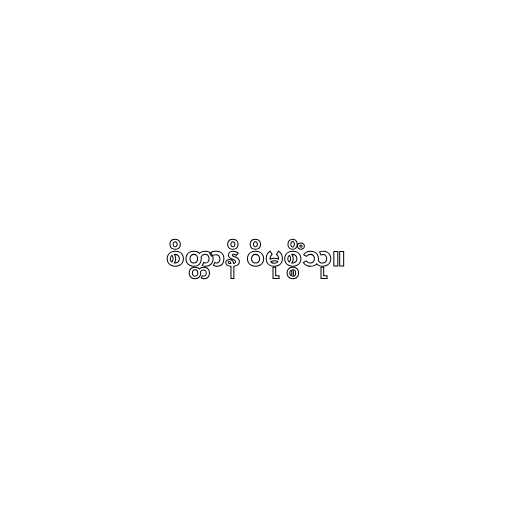
စိတ္တာနိ ဝိမုစ္စိံသု။